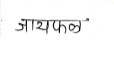
मजकूर: जायफळ